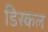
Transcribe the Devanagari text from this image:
डिस्कल